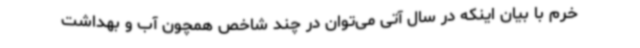
خرم با بیان اینکه در سال آتی می‌توان در چند شاخص همچون آب و بهداشت